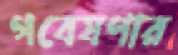
গবেষণার